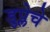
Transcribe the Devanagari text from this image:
डुप्लेचे